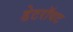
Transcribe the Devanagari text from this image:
डेटरॉयट